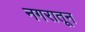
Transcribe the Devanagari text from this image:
नगरातून